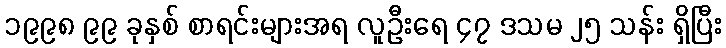
၁၉၉၈ ၉၉ ခုနှစ် စာရင်းများအရ လူဦးရေ ၄၇ ဒသမ ၂၅ သန်း ရှိပြီး